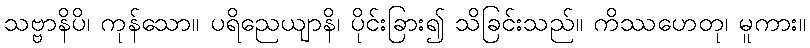
သဗ္ဗာနိပိ၊ ကုန်သော။ ပရိညေယျာနိ၊ ပိုင်းခြား၍ သိခြင်းသည်။ ကိဿဟေတု၊ မူကား။